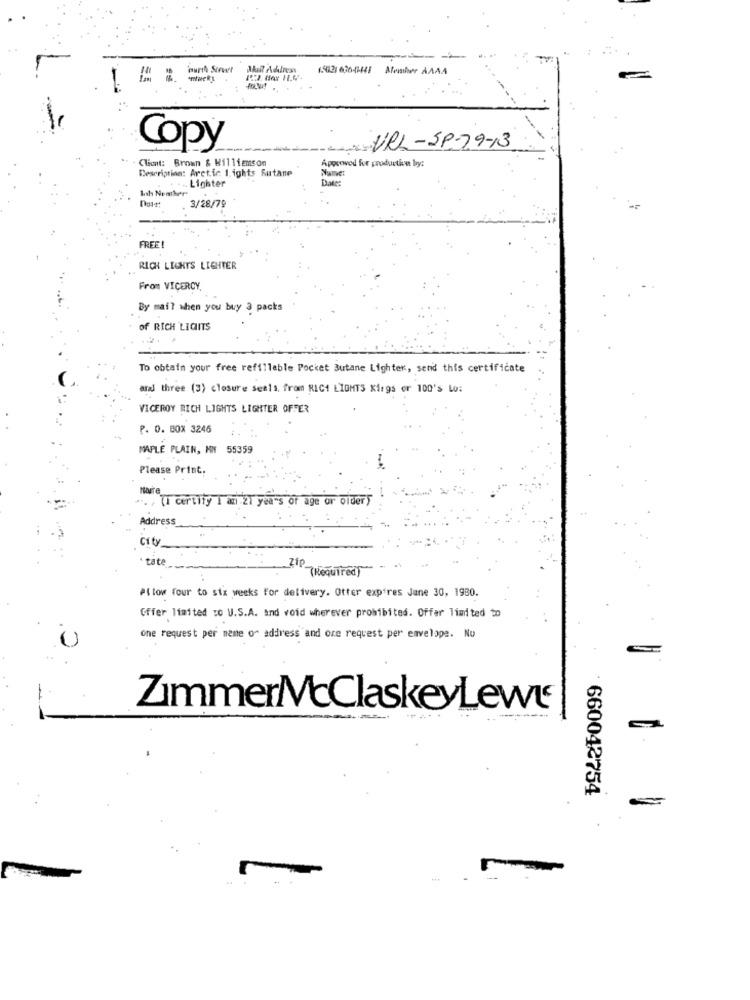
-- -
Ahalf Adalress
------ AAAA
Copy
URL-SP-79-13
Client: Brown & Williamson
Approved for production by:
Description: Arctic 1. ights Sutane
Name:
Date
Ish Nemher
.... Lighter
Date:
3/28/79
FREE
RICH LIGHTS LIGHTER
From VICEROY,
By mail when you buy 3 packs
of RICH LIGITS
To obtain your free refillable Pocket Butane Lighter, send this certificate
and three (3) closure seals. from RICI LIGHTS Kirgs or 100's Lo:
VICEROY RICH LIGHTS LIGHTER OFFER
P. O. BOX 3246
MAPLE PLAIN, MN 55359
Please Print.
(I certify I am 27 years of age or older
Address
City
. tat
Zip
(Required)
#Slow four to six weeks for delivery. Otter expires June 30, 1930.
Offer limited TO U.S.A. and void wherever prohibited. Offer limited to
one request per name of address and ore request per envelope. No
ZimmerMcClaskeyLeww
660042754